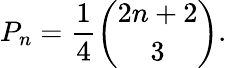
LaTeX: P_{n}={\frac{1}{4}}{\binom{2n+2}{3}}.